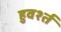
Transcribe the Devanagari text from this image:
हुवर्श्त